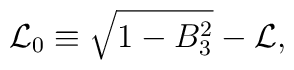
{\cal L}_0 \equiv \sqrt{1 - B_3^2} - {\cal L},